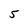
Character: 5